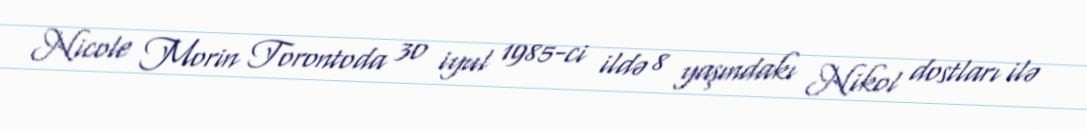
Nicole Morin Torontoda 30 iyul 1985-ci ildə 8 yaşındakı Nikol dostları ilə